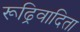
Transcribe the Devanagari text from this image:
रूढ्रिवादिता